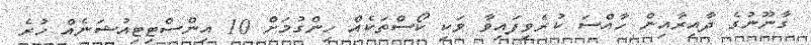
ގާނޫނުގެ ދާއިރާއިން ހާއްސަ ކުރެވިފައިވާ ވަކި ކޯސްތަކެއް ހިންގުމަށް 10 އިންސްޓިޓިއުޝަނެއް ހުރެ